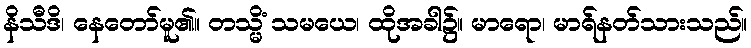
နိသီဒိ၊ နေတော်မူ၏။ တသ္မိံ သမယေ၊ ထိုအခါ၌။ မာရော၊ မာရ်နတ်သားသည်။